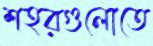
শহরগুলোতে